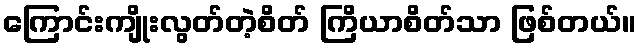
ကြောင်းကျိုးလွတ်တဲ့စိတ် ကြိယာစိတ်သာ ဖြစ်တယ်။